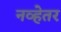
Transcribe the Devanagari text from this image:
नव्हेतर